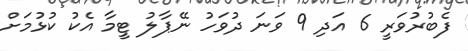
ފެބުރުވަރީ 6 އަދި 9 ވަނަ ދުވަހު ނޭޕާލު ޓީމާ އެކު ކުޅުމަށް